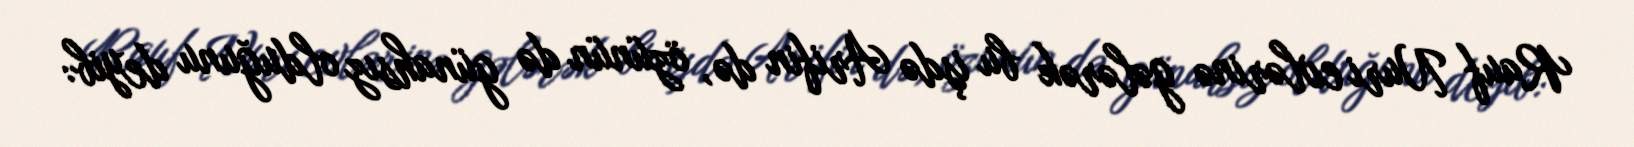
Rauf Nuri evlərinə gələrək bu işdə Arifin də, özünün də günahsız olduğunu deyib: